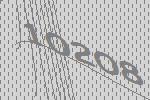
10208